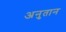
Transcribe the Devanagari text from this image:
अनुतान